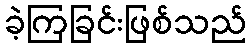
ခဲ့ကြခြင်းဖြစ်သည်